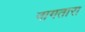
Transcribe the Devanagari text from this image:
नागतारा